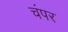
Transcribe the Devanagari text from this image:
चंपर